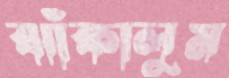
ঝাঁকালুম